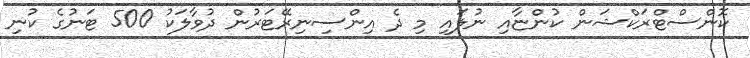
ކޮންސްޓްރަކްޝަން ކުންޏާއި ނުލައި މި ދެ އިންސިނިރޭޓަރުން ދުވާލަކު 500 ޓަނުގެ ކުނި